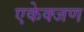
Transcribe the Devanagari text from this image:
एकेक्जण